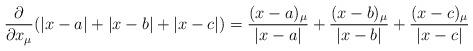
LaTeX: \begin{align*}\frac{\partial}{\partial x_\mu}(\left|x-a\right|+\left|x-b\right|+\left|x-c\right|)=\frac{(x-a)_\mu}{\left|x-a\right|}+\frac{(x-b)_\mu}{\left|x-b\right|}+\frac{(x-c)_\mu}{\left|x-c\right|}\end{align*}